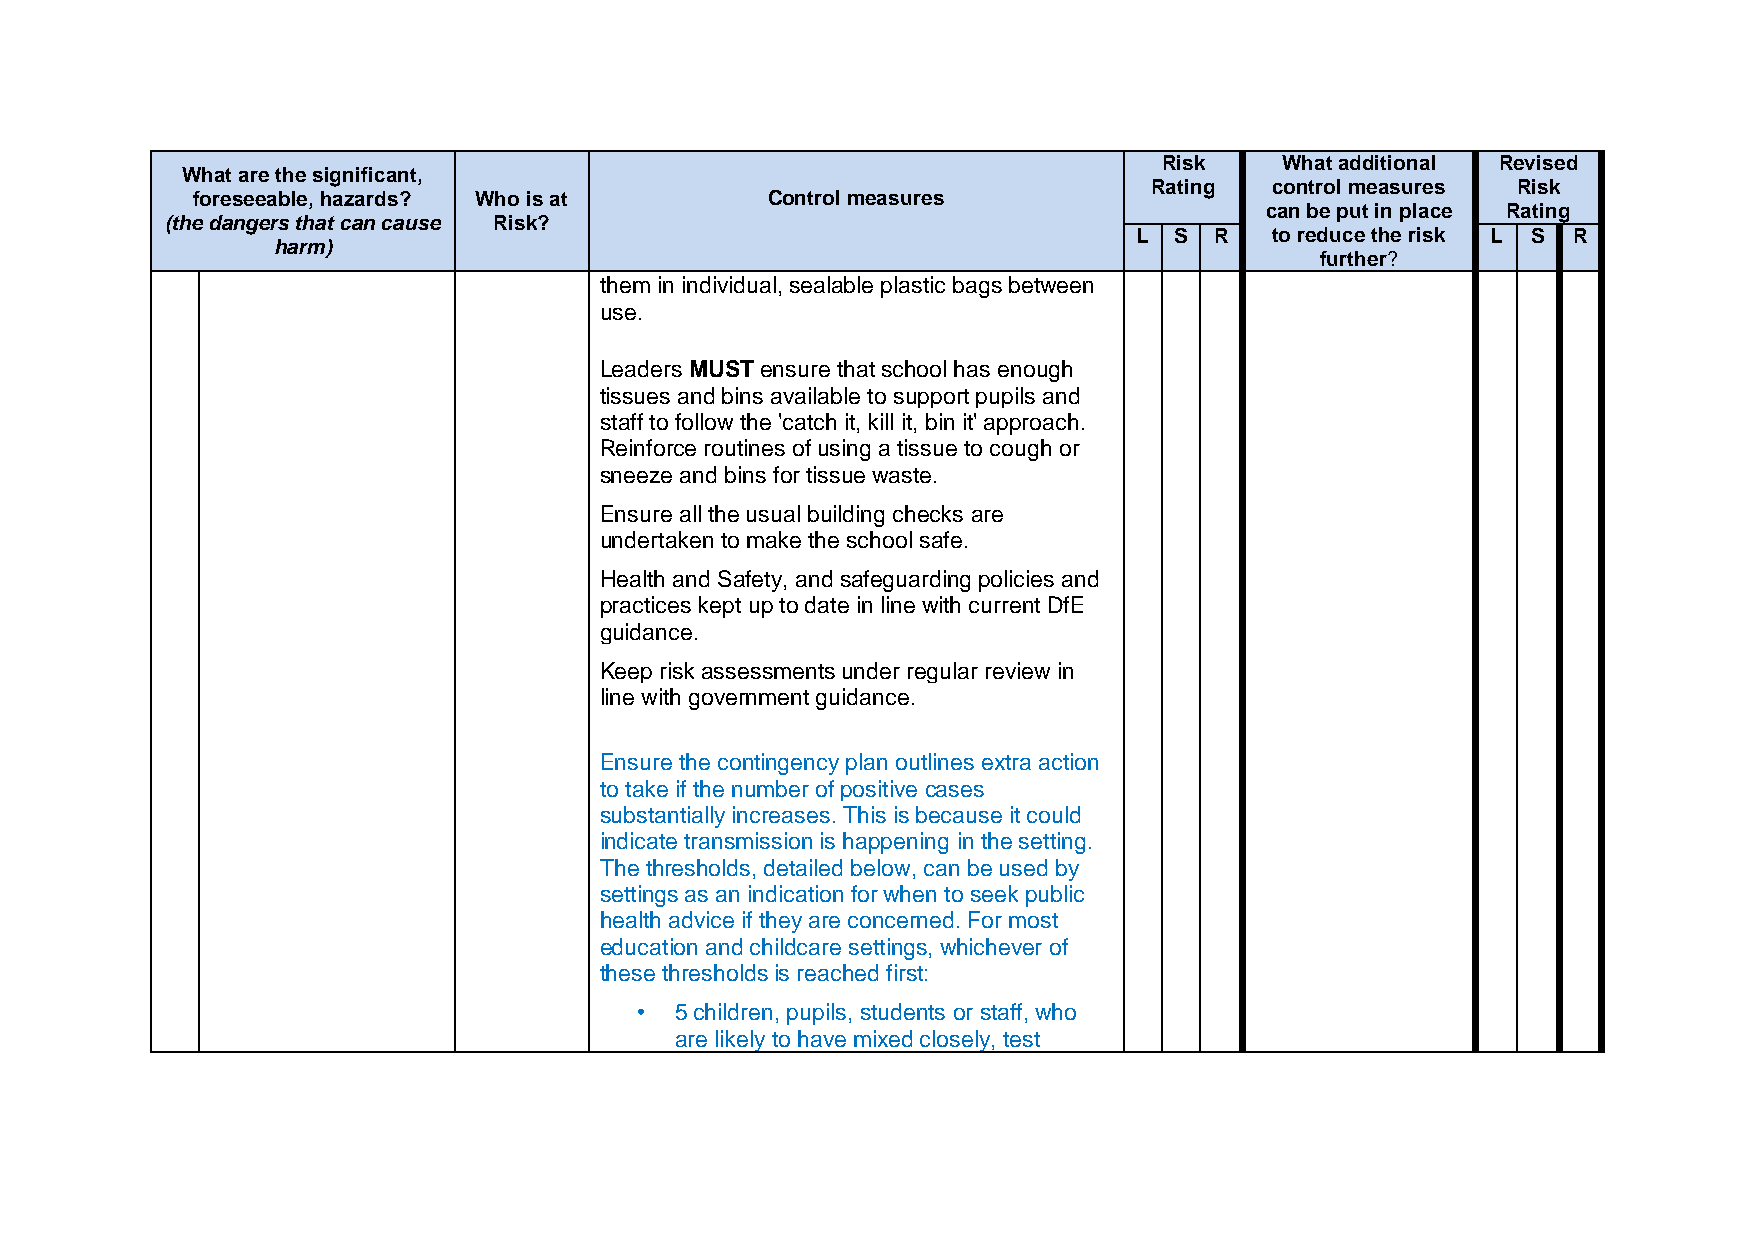
Risk    What additional Revised
 What are the significant,
 Rating  control measures Risk
 foreseeable, hazards? Who is at       Control measures
 can be put in place Rating
 (the dangers that can cause Risk?
 L  S R   to reduce the risk L S R
 harm)
 further?
 them in individual, sealable plastic bags between
 use.
 Leaders MUST ensure that school has enough
 tissues and bins available to support pupils and
 staff to follow the 'catch it, kill it, bin it' approach.
 Reinforce routines of using a tissue to cough or
 sneeze and bins for tissue waste.
 Ensure all the usual building checks are
 undertaken to make the school safe.
 Health and Safety, and safeguarding policies and
 practices kept up to date in line with current DfE
 guidance.
 Keep risk assessments under regular review in
 line with government guidance.
 Ensure the contingency plan outlines extra action
 to take if the number of positive cases
 substantially increases. This is because it could
 indicate transmission is happening in the setting.
 The thresholds, detailed below, can be used by
 settings as an indication for when to seek public
 health advice if they are concerned. For most
 education and childcare settings, whichever of
 these thresholds is reached first:
 •  5 children, pupils, students or staff, who
 are likely to have mixed closely, test